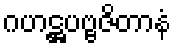
ဂဟဋ္ဌပဗ္ဗဇိတာနံ